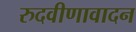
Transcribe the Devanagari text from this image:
रुदवीणावादन